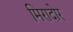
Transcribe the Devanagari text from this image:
मिरादोर